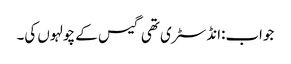
جواب:انڈسٹری تھی گیس کے چولہوں کی۔